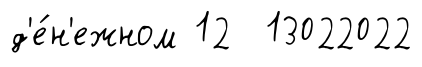
д'е́н'ежном 12 13022022